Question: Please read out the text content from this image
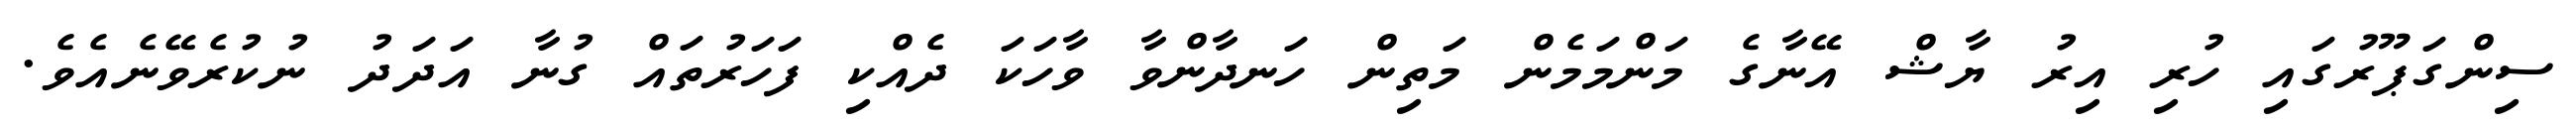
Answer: ސިންގަޕޫރުގައި ހުރި އިރު ޔާޝް އޭނާގެ މަންމަމެން މަތިން ހަނދާންވާ ވާހަކަ ދެއްކި ފަހަރުތައް ގުނާ އަދަދު ނުކުރެވޭނެއެވެ.